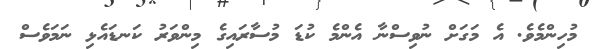
މުހިންމެވެ. އެ މަގަށް ނުވިސްނާ އެންމެ ކުޑަ މުސާރައިގެ މިންވަރު ކަނޑައެޅި ނަމަވެސް